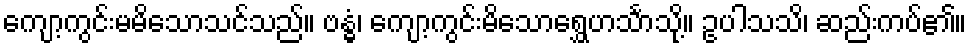
ကျော့ကွင်းမမိသောသင်သည်။ ဗန္ဓံ၊ ကျော့ကွင်းမိသောရွှေဟင်္သာသို့။ ဥပါသသိ၊ ဆည်းကပ်၏။